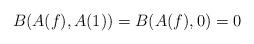
LaTeX: \begin{align*} B(A(f), A(1))= B(A(f), 0)=0\end{align*}